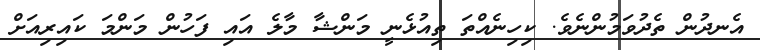
އެނދުން ތެދުވަމުންނެވެ. ކިހިނެއްތަ ތިއުޅެނީ މަންޝާ މާލެ އައި ފަހުން މަންމަ ކައިރިއަށް